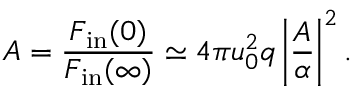
{ \cal A } = { \frac { { \cal F } _ { \mathrm { i n } } ( 0 ) } { { \cal F } _ { \mathrm { i n } } ( \infty ) } } \simeq 4 \pi u _ { 0 } ^ { 2 } q \left\vert { \frac { A } { \alpha } } \right\vert ^ { 2 } .